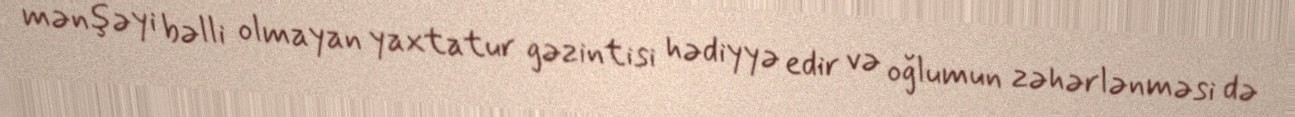
mənşəyi bəlli olmayan yaxtatur gəzintisi hədiyyə edir və oğlumun zəhərlənməsi də